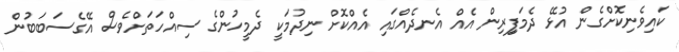
ކައިވެނިކޮށްގެން އުޅޭ ދެމަފިިރިން އެއް އެނދެއްގައި އެއްކޮށް ނިދުމަކީ ދެމީހުންގެ ސިއްހަތަށްވެސް އޭގެސަބަބުން